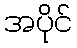
အပိုင်